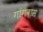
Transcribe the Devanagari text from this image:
गांगवास